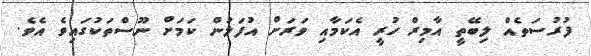
ފުރުސަތެއް ލިބޭތީ އާމިރް ހުރީ އެކަމާއި ވަރަށް އުފަލުން ކަމަށް ނޫސްތަކުގައިވެ އެވެ.